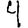
Digit: 4